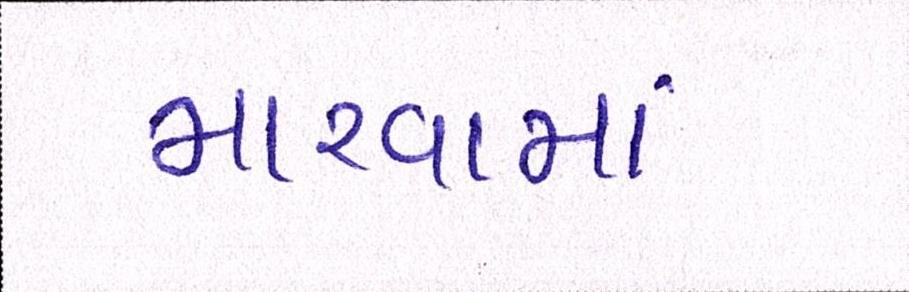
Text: મારવામાં